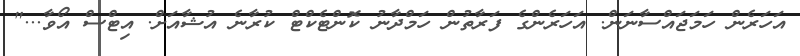
އަހަރެން ހަމަޖައްސާނަން. އަހަރެންގެ ފަރާތުން ހަމްދާނު ކޮންޓެކްޓް ކުރާނެ އުޝާއަށް. އިޓްސް އޯވާ..."